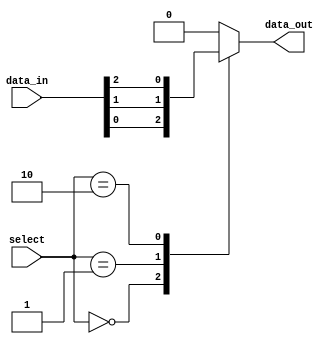
module mux_64_1 (
    input [63:0] data_in,
    input [5:0] select,
    output reg data_out
);

always @(*) begin
    case (select)
        6'b000000: data_out = data_in[0];
        6'b000001: data_out = data_in[1];
        6'b000010: data_out = data_in[2];
        // Continue for all 64 input lines
        default: data_out = 0; // Default case if select signal does not match any case
    endcase
end

endmodule